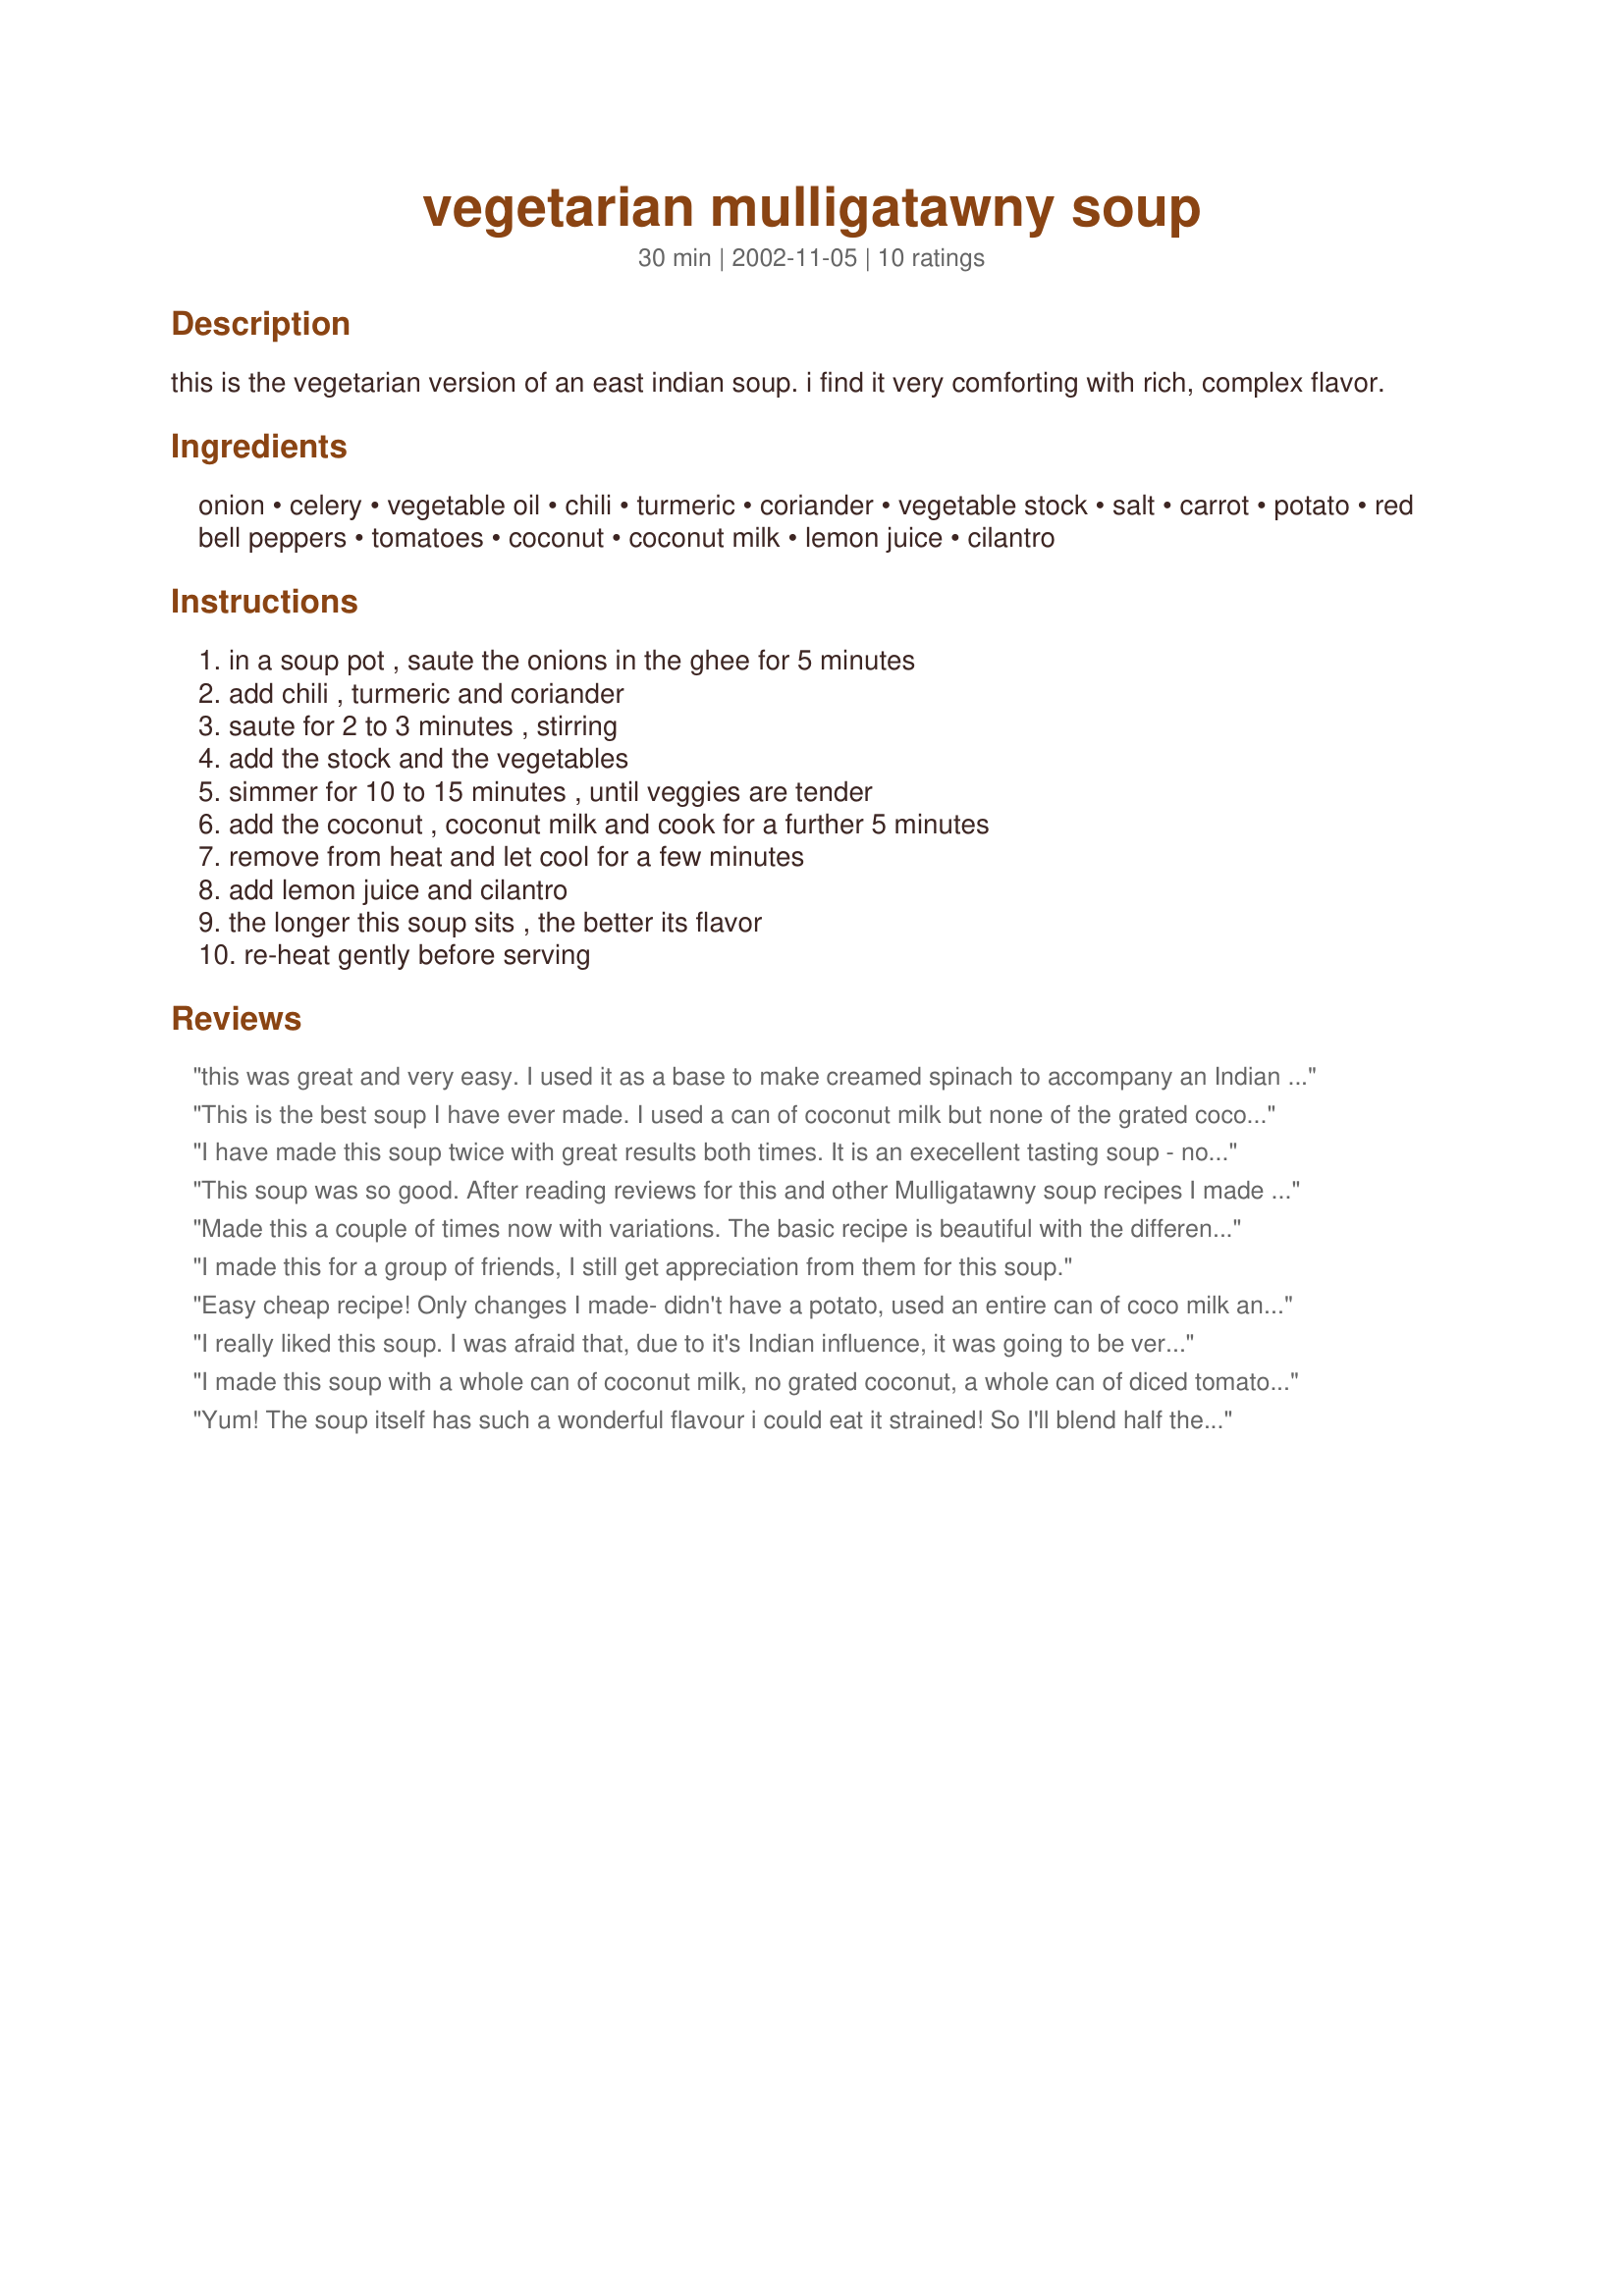
vegetarian mulligatawny soup
Preparation time: 30 minutes

this is the vegetarian version of an east indian soup. i find it very comforting with rich, complex flavor.

Ingredients:
onion, celery, vegetable oil, chili, turmeric, coriander, vegetable stock, salt, carrot, potato, red bell peppers, tomatoes, coconut, coconut milk, lemon juice, cilantro

Steps:
in a soup pot , saute the onions in the ghee for 5 minutes, add chili , turmeric and coriander, saute for 2 to 3 minutes , stirring, add the stock and the vegetables, simmer for 10 to 15 minutes , until veggies are tender, add the coconut , coconut milk and cook for a further 5 minutes, remove from heat and let cool for a few minutes, add lemon juice and cilantro, the longer this soup sits , the better its flavor, re-heat gently before serving

Reviews:
this was great and very easy. I used it as a base to make creamed spinach to accompany an Indian dinner I was making that was starting to look like the curry flavor was taking over. I wanted something cream and unique to go with all the other curry dishes and this was a HUGE hit. We are vegan and all our friends aren't, they gladly ate and went back for seconds. The only change I made was that I used a hand blender to blend the soup so I could use it as my liquid for the creamed spinach. There was plenty of soup left over and the longer it sat the better it got. Wonderful recipe!

Ok, I make this often now. I serve it with garlic rice mixed with toasted slivered almonds. I puree the soup with an hand blender so it's got small chunks of vegi's in it.
This is the best soup I have ever made. I used a can of coconut milk but none of the grated coconut and I can&#039;t stop eating it .... mmmmmmmmm
I have made this soup twice with great results both times. It is an execellent tasting soup - not too hot, but plenty of flavor. If you like the taste of coconut milk, you will like this soup. Thanks for posting!
This soup was so good. After reading reviews for this and other Mulligatawny soup recipes I made the following substitutions: instead of the 1 TBSP coriander, I used 1 1/2 tsps of cumin and 1 1/2 tsp of coriander, added 1 tsp of curry powder, 1 diced apple, 1/4 cup of red lentils, about 1 1/2 tsps each of chopped garlic and fresh ginger, and added one full can of coconut milk, omitting the grated coconut (hated to waste the rest of the can). My changes did not alter the recipe substantially enough to not highly endorse this recipe as excellent, and enjoyed by both the vegetarians and carnivores in my family.
Made this a couple of times now with variations. The basic recipe is beautiful with the different colors of the tomato and tumeric and cilantro, without loosing those colors... I've used canned tomato (1/2 of a 15oz. can) in exchange for fresh with great results. I've also exchanged the vegetable broth for chicken and added 2 cups shredded chicken breast to make the soup heartier. I've (also) exchanged the shredded coconut for a whole can of coconut milk, I've also exchanged it for an equal amount of shredded Granny Smith apple. In all cases I've added some cumin (sprinkled to taste) and some ground cardamom (about a 1/4 t.), I omit the chili (or cayenne) and allow each person to add Tabasco to their own tastes. Next time, I think I'll try topping each serving with crushed pistachios. 

It's a wonderful recipe that stands up to so much tinkering. This lovely soup is very versital and is just the thing on a rainy spring night.
I made this for a group of friends, I still get appreciation from them for this soup.
Easy cheap recipe! Only changes I made- didn't have a potato, used an entire can of coco milk and no shredded coconut, and added some extra water and 3/4 c of lentils (HAVE to have lentils in mulligatawny soup).
I really liked this soup. I was afraid that, due to it's Indian influence, it was going to be very spicy but it was just right and even my toddler didn't have a problem with the hotness. I didn't have coriander so threw in some cumin and caraway seeds. I omited the cilantro and unsweetened coconut as I didn't have any. In the absense of the unsweetened coconut, I went ahead and put a whole can of coconut milk. I thought it turned out very yummy.
I made this soup with a whole can of coconut milk, no grated coconut, a whole can of diced tomatoes and added a cut up sweet potato, then blended it-- it was so delicious! It gives you cravings for the soup again!!
Yum! The soup itself has such a wonderful flavour i could eat it strained! So I'll blend half the leftovers tomorrow & see how that goes. Left out the celery. I added a tsp of garlic, extra chili, a 400g can of tomatoes & probably a tsp of ground cumin.
Definitely making this again!
Thanks for sharing Heather :)
UPDATE: Originally i gave this 4 stars, but I've since made it often & i can't get enough of it, so now it's 5 stars all the way!!
